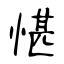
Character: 愖